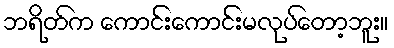
ဘရိတ်က ကောင်းကောင်းမလုပ်တော့ဘူး။